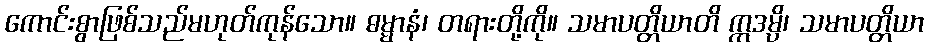
ကောင်းစွာဖြစ်သည်မဟုတ်ကုန်သော။ ဓမ္မာနံ၊ တရားတို့ကို။ သမာပတ္တိယာတိ ဣဒမ္ပိ၊ သမာပတ္တိယာ